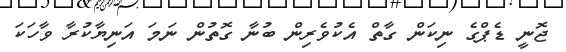
ޖޮނީ ޑެޕްގެ ނިކަން ގާތް އެކުވެރިން ބުނާ ގޮތުން ނަމަ އަނިޔާކުރާ ވާހަކަ